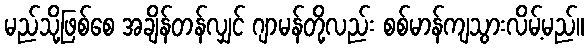
မည်သို့ဖြစ်စေ အချိန်တန်လျှင် ဂျာမန်တို့လည်း စစ်မာန်ကျသွားလိမ့်မည်။